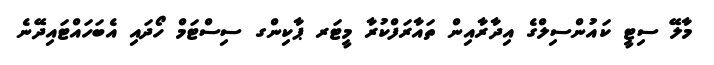
މާލޭ ސިޓީ ކައުންސިލްގެ އިދާރާއިން ތައާރަފްކުރާ މީޓަރ ޕާކިންގ ސިސްޓަމް ހޯދައި އެބަހައްޓައިދޭނެ